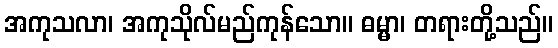
အကုသလာ၊ အကုသိုလ်မည်ကုန်သော။ ဓမ္မာ၊ တရားတို့သည်။